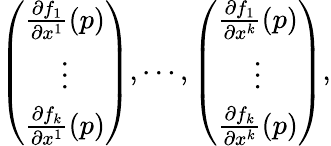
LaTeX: \left(\begin{array}{c}{\frac{\partial f_{1}}{\partial x^{1}}(p)}\\ {\vdots}\\ {\frac{\partial f_{k}}{\partial x^{1}}(p)}\end{array}\right),\cdots,\left(\begin{array}{c}{\frac{\partial f_{1}}{\partial x^{k}}(p)}\\ {\vdots}\\ {\frac{\partial f_{k}}{\partial x^{k}}(p)}\end{array}\right),